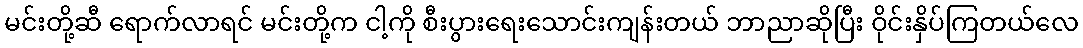
မင်းတို့ဆီ ရောက်လာရင် မင်းတို့က ငါ့ကို စီးပွားရေးသောင်းကျန်းတယ် ဘာညာဆိုပြီး ဝိုင်းနှိပ်ကြတယ်လေ